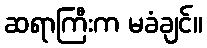
ဆရာကြီးက မခံချင်။